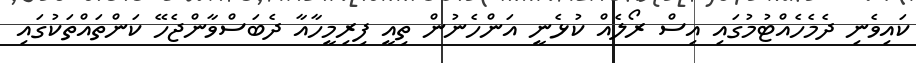
ކައިވެނި ދެމެހެއްޓުމުގައި އިސް ރޯލެއް ކުޅެނީ އަންހެނުން ތިއީ ފިރިމީހާއާ ދެބަސްވާންޖެހޭ ކަންތައްތަކުގައި